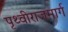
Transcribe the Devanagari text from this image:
पृथ्वीराजमार्ग